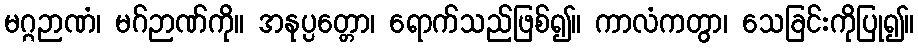
မဂ္ဂဉာဏံ၊ မဂ်ဉာဏ်ကို။ အနုပ္ပတ္တော၊ ရောက်သည်ဖြစ်၍။ ကာလံကတွာ၊ သေခြင်းကိုပြု၍။